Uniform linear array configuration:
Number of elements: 12
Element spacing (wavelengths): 0.25
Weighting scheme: binomial
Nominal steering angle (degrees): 30
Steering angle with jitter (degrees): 28.644
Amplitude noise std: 0.05
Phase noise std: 0.05

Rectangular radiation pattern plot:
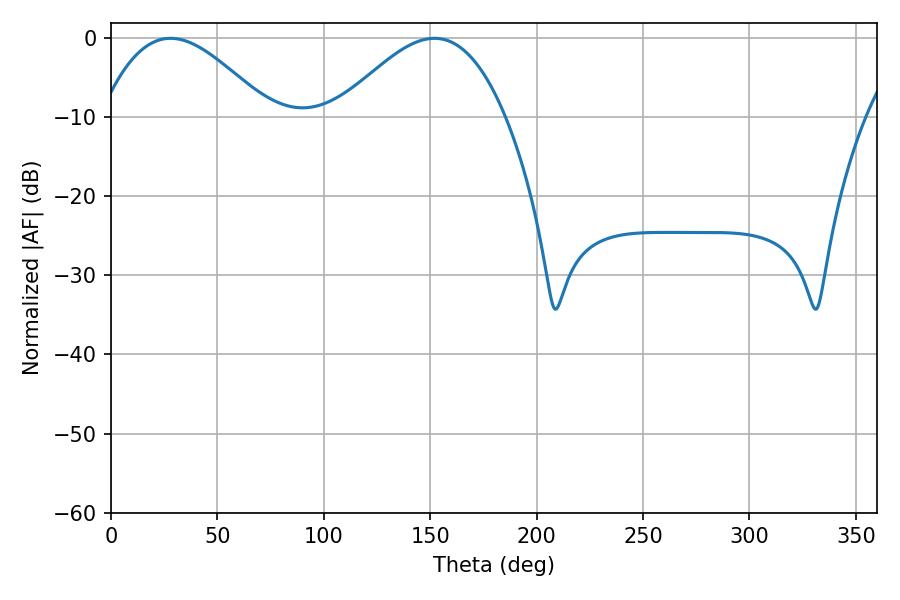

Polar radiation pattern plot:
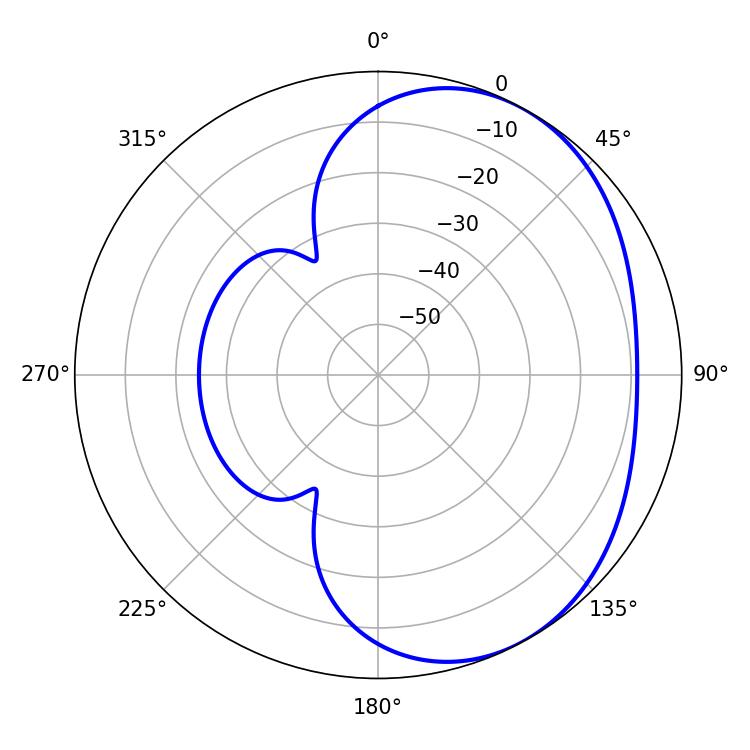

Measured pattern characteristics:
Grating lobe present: FALSE
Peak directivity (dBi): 3.603
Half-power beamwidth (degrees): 42.48
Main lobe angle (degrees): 28.08